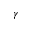
\gamma